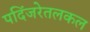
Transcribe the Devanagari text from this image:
पदिंजरेतलकल